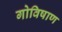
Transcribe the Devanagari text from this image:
गोविषाण